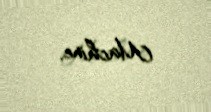
Machine.